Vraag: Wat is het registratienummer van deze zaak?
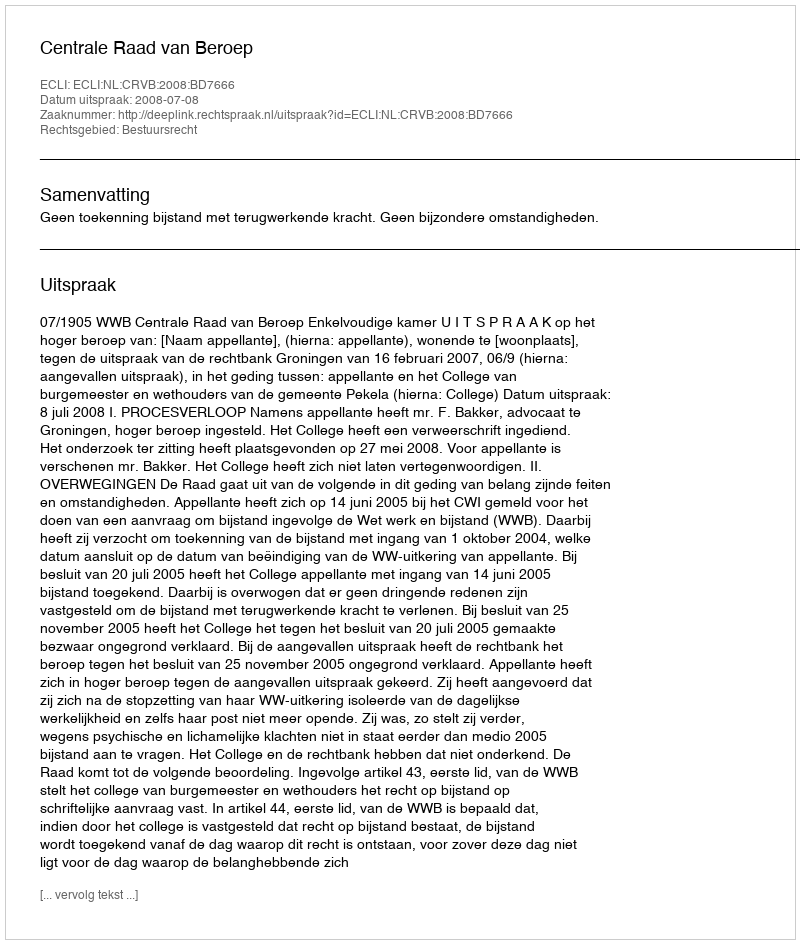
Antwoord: http://deeplink.rechtspraak.nl/uitspraak?id=ECLI:NL:CRVB:2008:BD7666